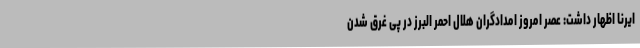
ایرنا اظهار داشت: عصر امروز امدادگران هلال احمر البرز در پی غرق شدن